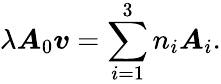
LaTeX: \lambda\boldsymbol{A}_{0}\boldsymbol{v}=\sum_{i=1}^{3}n_{i}\boldsymbol{A}_{i}.